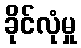
ခိုင်လုံမှု